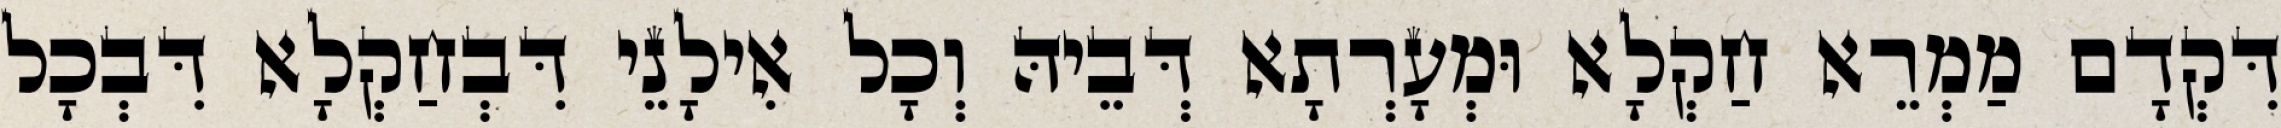
דִּקְדָם מַמְרֵא חַקְלָא וּמְעָרְתָא דְּבֵיהּ וְכָל אִילָנֵי דִּבְחַקְלָא דִּבְכָל